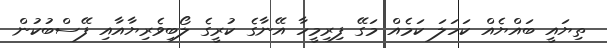
ތިޔައީ ބައްޔެއް ކަހަލަ ކަމެއް މަގޭ ފިރިމީހާ އޭނާގެ ކުރީގެ ލޯބިވެރިޔާއާއި ފޭސްބުކުން